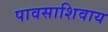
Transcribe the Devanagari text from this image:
पावसाशिवाय